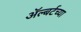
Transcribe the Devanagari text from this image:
ॲल्बर्टच्या